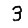
Digit: 3